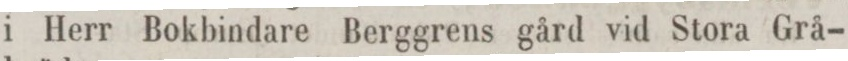
i Herr Bokbindare Berggrens gård vid Stora Grå-